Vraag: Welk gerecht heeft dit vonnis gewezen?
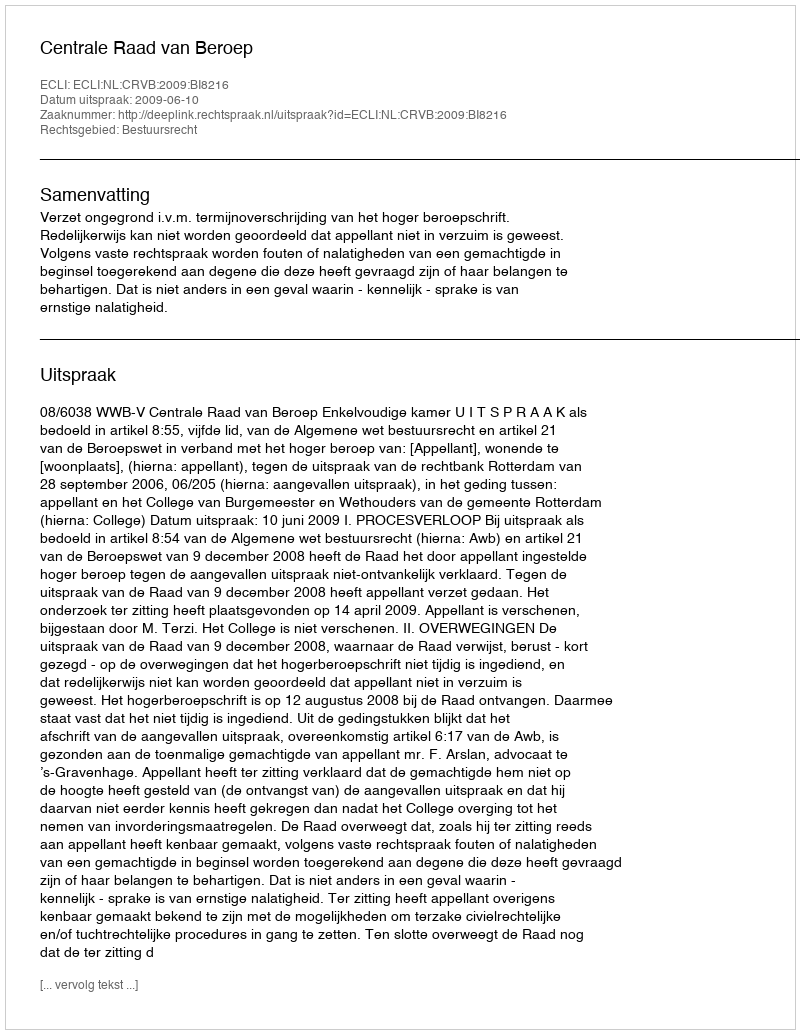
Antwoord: Centrale Raad van Beroep